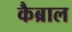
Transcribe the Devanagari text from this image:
कैब्राल